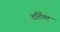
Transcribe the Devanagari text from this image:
टर्टिव्म